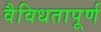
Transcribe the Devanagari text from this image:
वैविधतापूर्ण